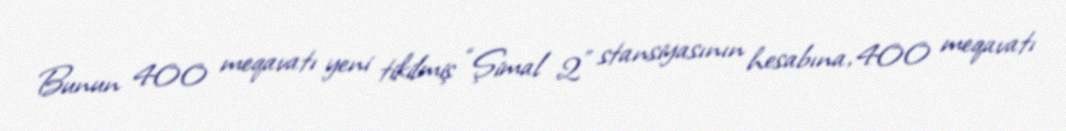
Bunun 400 meqavatı yeni tikilmiş “Şimal 2” stansiyasının hesabına, 400 meqavatı